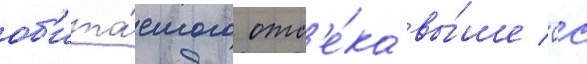
об'ита́емого отс'е́ка вы́ше 0с